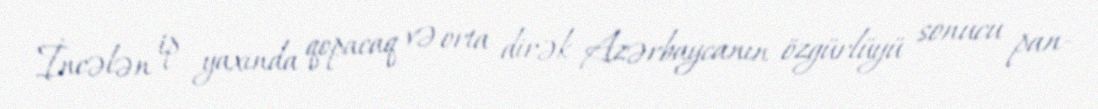
İncələn ip yaxında qopacaq və orta dirək Azərbaycanın özgürlüyü sonucu pan-